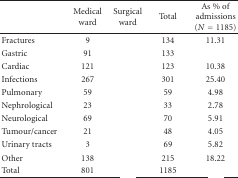
<table><thead><tr><td>[EMPTY_CELL]</td><td><b>Medical ward</b></td><td><b>Surgical ward</b></td><td><b>Total</b></td><td><b>As % of admissions (<i>N</i> = 1185)</b></td></tr></thead><tbody><tr><td>Fractures</td><td> 9</td><td>[EMPTY_CELL]</td><td>134</td><td>11.31</td></tr><tr><td>Gastric</td><td> 91</td><td>[EMPTY_CELL]</td><td>133</td><td>[EMPTY_CELL]</td></tr><tr><td>Cardiac</td><td>121</td><td>[EMPTY_CELL]</td><td>123</td><td>10.38</td></tr><tr><td>Infections</td><td>267</td><td>[EMPTY_CELL]</td><td>301</td><td>25.40</td></tr><tr><td>Pulmonary</td><td> 59</td><td>[EMPTY_CELL]</td><td> 59</td><td> 4.98</td></tr><tr><td>Nephrological</td><td> 23</td><td>[EMPTY_CELL]</td><td> 33</td><td> 2.78</td></tr><tr><td>Neurological</td><td> 69</td><td>[EMPTY_CELL]</td><td> 70</td><td> 5.91</td></tr><tr><td>Tumour/cancer</td><td> 21</td><td>[EMPTY_CELL]</td><td> 48</td><td> 4.05</td></tr><tr><td>Urinary tracts</td><td> 3</td><td>[EMPTY_CELL]</td><td> 69</td><td> 5.82</td></tr><tr><td>Other</td><td>138</td><td>[EMPTY_CELL]</td><td>215</td><td>18.22</td></tr><tr><td>Total</td><td>801</td><td>[EMPTY_CELL]</td><td>1185</td><td>[EMPTY_CELL]</td></tr></tbody></table>